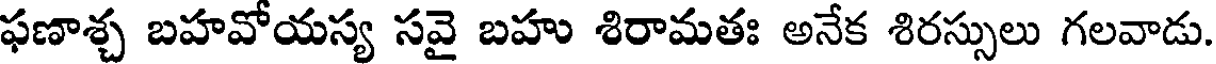
ఫణాశ్చ బహవోయస్య సవై బహు శిరామతః అనేక శిరస్సులు గలవాడు.